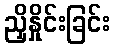
ညှိနှိုင်းခြင်း